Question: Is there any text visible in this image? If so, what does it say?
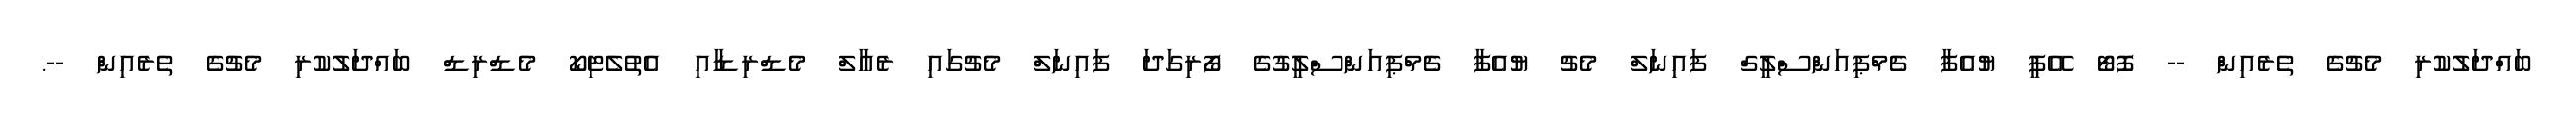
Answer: ބައްދަލުކުރި މެޗުގެ ތެރެއިން -- ފޮޓޯ އޭޕީ ޔުއެފާ ޗެމްޕިއަންސްލީގް ފައިނަލް މެޗު ޔުއެފާ ޗެމްޕިއަންސްލީގުގެ ފޯރިގަދަ ފައިނަލް މެޗުގައި ރެއާލް މެޑްރިޑާއި އެތުލެޓިކޯ މެޑްރިޑް ބައްދަލުކުރި މެޗުގެ ތެރެއިން --.